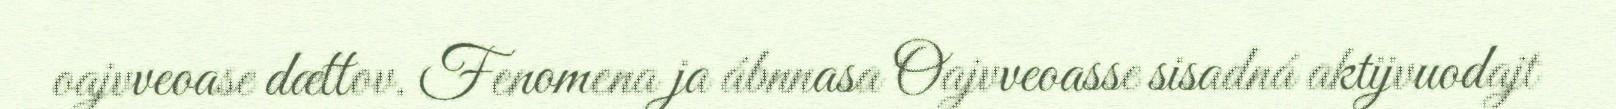
oajvveoase dættov. Fenomena ja ábnnasa Oajvveoasse sisadná aktijvuodajt